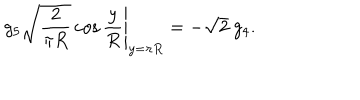
LaTeX: g _ { 5 } \left. \sqrt { \frac { 2 } { \pi R } } \cos \frac { y } { R } \right| _ { y = \pi R } = - \sqrt { 2 } \ g _ { 4 } .